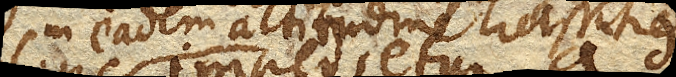
in eadem altitudine crassitieque